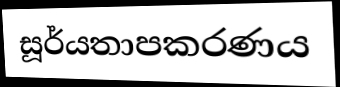
සූර්යතාපකරණය